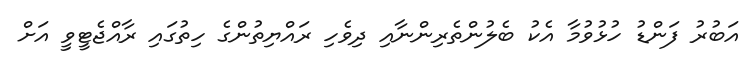
އަބުރު ފަންޑު ހުޅުވުމާ އެކު ބެލުންތެރިންނާއި ދިވެހި ރައްޔިތުންގެ ހިތުގައި ރާއްޖެޓީވީ އަށް